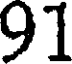
91